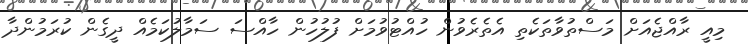
މިއީ ރާއްޖެއަށް މަސްތުވާތަކެތި އެތެރެވުން ހުއްޓުވުމަށް ފުލުހުން ހާއްސަ ސަމާލުކަމެއް ދީގެން ކުރަމުންދާ